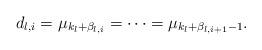
LaTeX: \begin{align*}d_{l,i}=\mu _{k_l+\beta _{l,i}} = \dots = \mu _{k_l+\beta _{l,i+1}-1}.\end{align*}